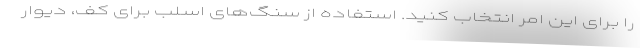
را برای این امر انتخاب کنید. استفاده از سنگ‌های اسلب برای کف، دیوار